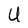
Character: U